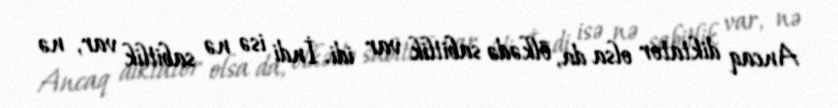
Ancaq diktator olsa da, ölkədə sabitlik var idi. İndi isə nə sabitlik var, nə